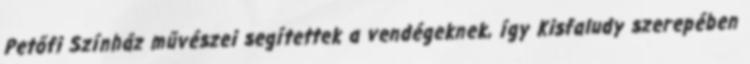
Petőfi Színház művészei segítettek a vendégeknek, így Kisfaludy szerepében